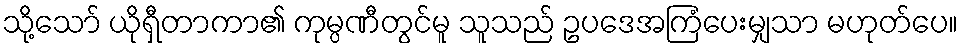
သို့သော် ယိုရှီတာကာ၏ ကုမ္ပဏီတွင်မူ သူသည် ဥပဒေအကြံပေးမျှသာ မဟုတ်ပေ။